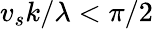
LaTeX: v_{s}k/\lambda<\pi/2